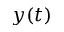
y ( t )